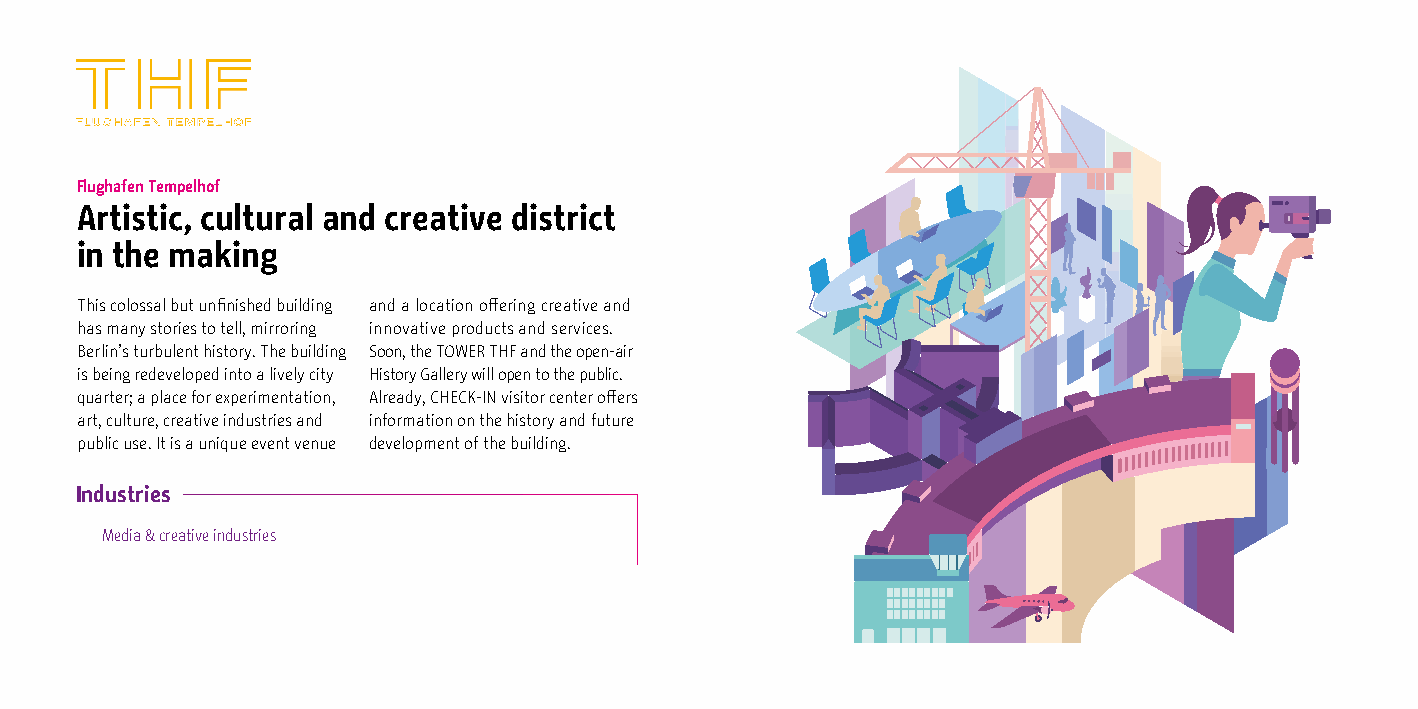
Flughafen Tempelhof
 Artistic, cultural and creative district
 in the making
 This colossal but unfinished building and a location offering creative and
 has many stories to tell, mirroring innovative products and services.
 Berlin’s turbulent history. The building Soon, the TOWER THF and the open-air
 is being redeveloped into a lively city History Gallery will open to the public.
 quarter; a place for experimentation, Already, CHECK-IN visitor center offers
 art, culture, creative industries and information on the history and future
 public use. It is a unique event venue development of the building.
 Industries
 Media & creative industries